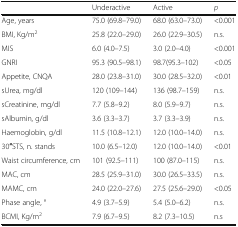
<table><thead><tr><td></td><td><b>Underactive</b></td><td><b>Active</b></td><td><b><i>p</i></b></td></tr></thead><tbody><tr><td>Age, years</td><td>75.0 (69.8–79.0)</td><td>68.0 (63.0–73.0)</td><td>&lt;0.001</td></tr><tr><td>BMI, Kg/m<sup>2</sup></td><td>25.8 (22.0–29.0)</td><td>26.0 (22.9–30.5)</td><td>n.s.</td></tr><tr><td>MIS</td><td>6.0 (4.0–7.5)</td><td>3.0 (2.0–4.0)</td><td>&lt;0.001</td></tr><tr><td>GNRI</td><td>95.3 (90.5–98.1)</td><td>98.7(95.3–102)</td><td>&lt;0.05</td></tr><tr><td>Appetite, CNQA</td><td>28.0 (23.8–31.0)</td><td>30.0 (28.5–32.0)</td><td>&lt;0.01</td></tr><tr><td>sUrea, mg/dl</td><td>120 (109–144)</td><td>136 (98.7–159)</td><td>n.s.</td></tr><tr><td>sCreatinine, mg/dl</td><td>7.7 (5.8–9.2)</td><td>8.0 (5.9–9.7)</td><td>n.s.</td></tr><tr><td>sAlbumin, g/dl</td><td>3.6 (3.3–3.7)</td><td>3.7 (3.3–3.9)</td><td>n.s.</td></tr><tr><td>Haemoglobin, g/dl</td><td>11.5 (10.8–12.1)</td><td>12.0 (10.0–14.0)</td><td>n.s.</td></tr><tr><td>30′′STS, n. stands</td><td>10.0 (6.5–12.0)</td><td>12.0 (10.0–14.0)</td><td>&lt;0.01</td></tr><tr><td>Waist circumference, cm</td><td>101 (92.5–111)</td><td>100 (87.0–115)</td><td>n.s.</td></tr><tr><td>MAC, cm</td><td>28.5 (25.9–31.0)</td><td>30.0 (26.5–33.5)</td><td>n.s.</td></tr><tr><td>MAMC, cm</td><td>24.0 (22.0–27.6)</td><td>27.5 (25.6–29.0)</td><td>&lt;0.05</td></tr><tr><td>Phase angle, °</td><td>4.9 (3.7–5.9)</td><td>5.4 (5.0–6.2)</td><td>n.s.</td></tr><tr><td>BCMI, Kg/m<sup>2</sup></td><td>7.9 (6.7–9.5)</td><td>8.2 (7.3–10.5)</td><td>n.s</td></tr></tbody></table>